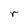
Character: r